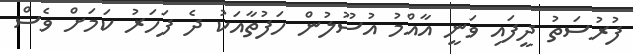
ފުރުސަތު ދީފައި ވަނީ އާއްމު އުސޫލުން ހަފުތާއަކު ދެ ފަހަރު ކަމަށް ވެސް